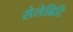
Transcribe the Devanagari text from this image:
सेलेब्रिटि